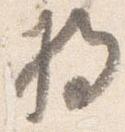
将